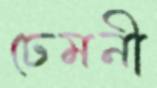
ঢেমনী